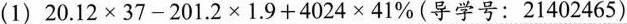
(1)$$20.12\times37-201.2\times1.9+4024\times\frac{41}{100}$$(导学号：21402465)